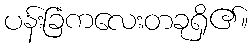
ပန်းခြံကလေးတခုရှိ၏။